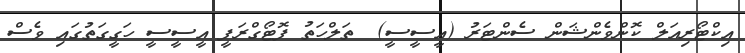
އިކްޓޯރިއަލް ކޮންވެންޝަން ސެންޓަރު (އީސީސީ)  ތަލްހަތު ފޮޓޯގްރަފީ އީސީސީ ހަގީގަތުގައި ވެސް